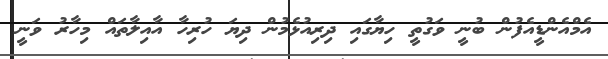
އެމްއެންޑީއެފުން ބުނީ ވަގުތީ ހިޔާގައި ދިރިއުޅެމުން ދިޔަ ހުރިހާ އާއިލާތައް މިހާރު ވަނީ